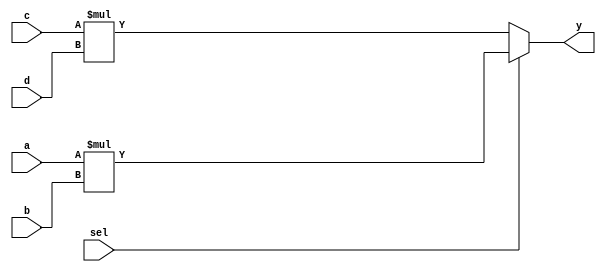
module resource_sharing_mult_check (input [3:0] a , input [3:0] b, input [3:0] c , input [3:0] d, output [7:0] y  , input sel);
	assign y = sel ? (a*b) : (c*d);

endmodule